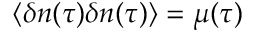
\langle \delta n ( \tau ) \delta n ( \tau ) \rangle = \mu ( \tau )